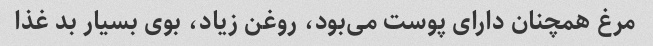
مرغ همچنان دارای پوست می‌بود، روغن زیاد، بوی بسیار بد غذا